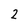
Character: 2